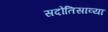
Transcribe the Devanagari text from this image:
सदोतिसाव्या